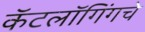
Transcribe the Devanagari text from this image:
कॅटलॉगिंगचे